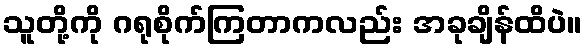
သူတို့ကို ဂရုစိုက်ကြတာကလည်း အခုချိန်ထိပဲ။